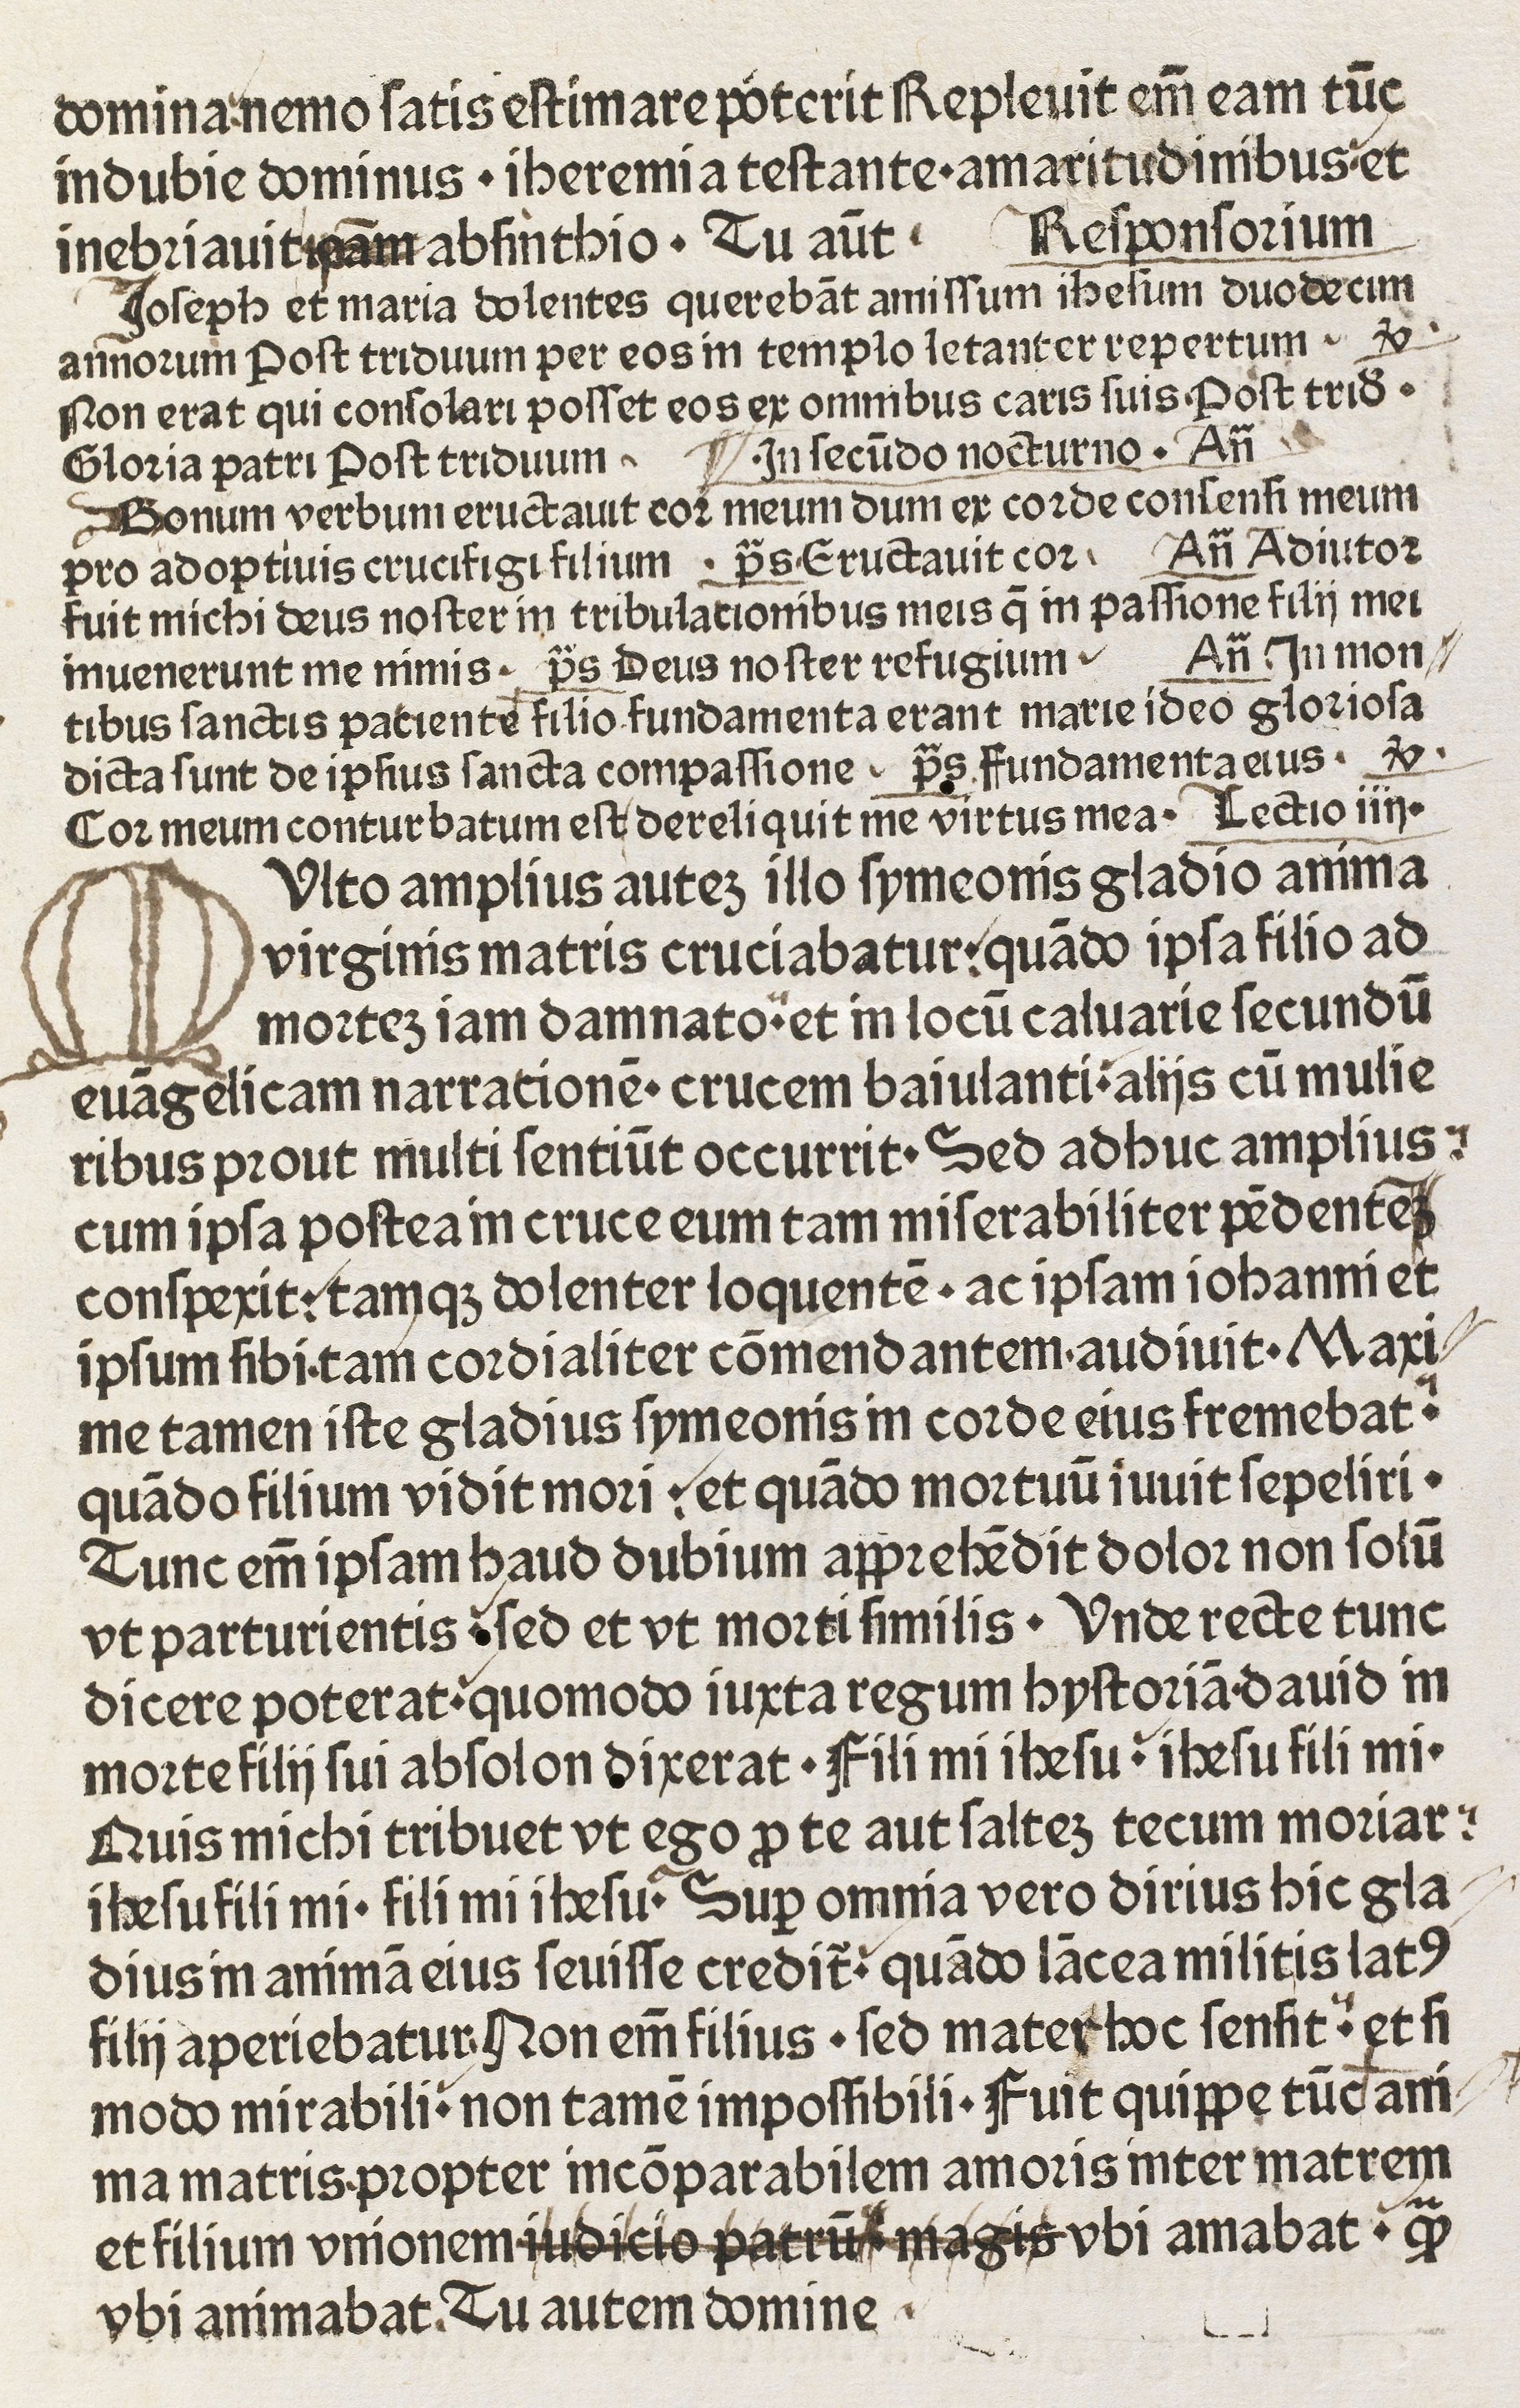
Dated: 1450–1499